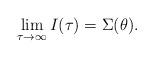
LaTeX: \begin{align*}\lim_{\tau\to \infty} I(\tau) = \Sigma(\theta).\end{align*}